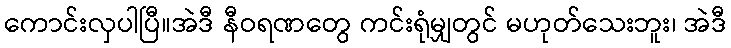
ကောင်းလှပါပြီ။အဲဒီ နီဝရဏတွေ ကင်းရုံမျှတွင် မဟုတ်သေးဘူး၊ အဲဒီ